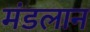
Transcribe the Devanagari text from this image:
मंडलान